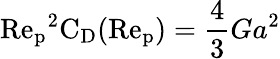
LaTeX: \mathrm{Re_{p}}^{2}\mathrm{C_{D}}(\mathrm{Re_{p}})=\frac{4}{3}Ga^{2}